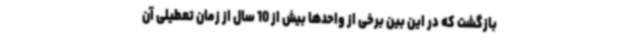
بازگشت که در این بین برخی از واحدها بیش از 10 سال از زمان تعطیلی آن